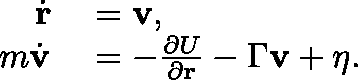
\begin{array} { r l } { \dot { \mathbf { r } } } & { { } = \mathbf { v } , } \\ { m \dot { \mathbf { v } } } & { { } = - \frac { \partial U } { \partial \mathbf { r } } - \Gamma \mathbf { v } + \mathbf { \eta } . } \end{array}